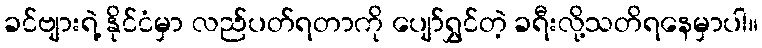
ခင်ဗျားရဲ့ နိုင်ငံမှာ လည်ပတ်ရတာကို ပျော်ရွှင်တဲ့ ခရီးလို့သတိရနေမှာပါ။